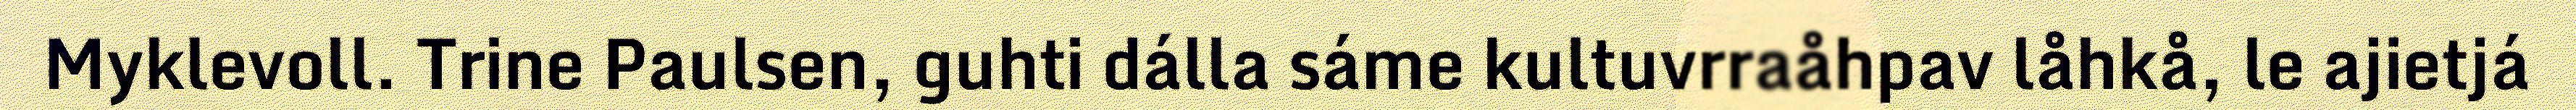
Myklevoll. Trine Paulsen, guhti dálla sáme kultuvrraåhpav låhkå, le ajietjá